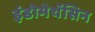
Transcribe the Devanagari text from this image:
इंडोमेथॅसिन